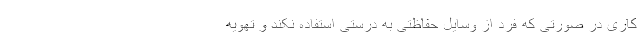
کاری در صورتی که فرد از وسایل حفاظتی به درستی استفاده نکند و تهویه